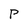
Character: P